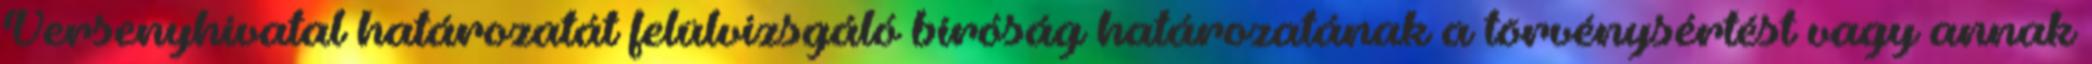
Versenyhivatal határozatát felülvizsgáló bíróság határozatának a törvénysértést vagy annak